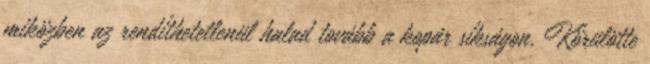
miközben az rendíthetetlenül halad tovább a kopár síkságon. Körülötte